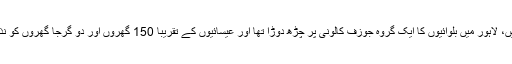
اسی سال مارچ میں، لاہور میں بلوائیوں کا ایک گروہ جوزف کالونی پر چڑھ دوڑا تھا اور عیسائیوں کے تقریباً 150 گھروں اور دو گرجا گھروں کو نذرِ آتش کر دیا تھا۔